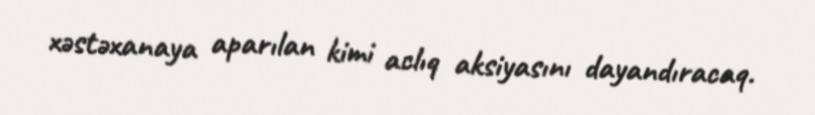
xəstəxanaya aparılan kimi aclıq aksiyasını dayandıracaq.